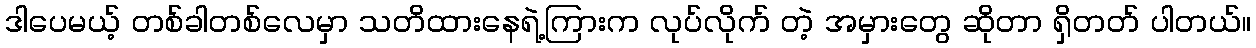
ဒါပေမယ့် တစ်ခါတစ်လေမှာ သတိထားနေရဲ့ကြားက လုပ်လိုက် တဲ့ အမှားတွေ ဆိုတာ ရှိတတ် ပါတယ်။